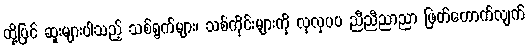
ထို့ပြင် ဆူးများပါသည့် သစ်ရွက်များ၊ သစ်ကိုင်းများကို လှလှပပ ညီညီညာညာ ဖြတ်တောက်လျက်